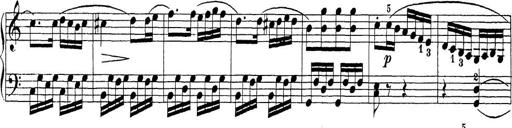
Title: Sonatina Album
Composer: Louis KÃ¶hler